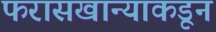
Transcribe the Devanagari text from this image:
फरासखान्याकडून